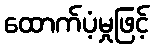
ထောက်ပံ့မှုဖြင့်